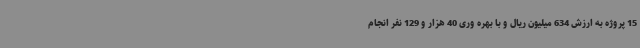
15 پروژه به ارزش 634 میلیون ریال و با بهره وری 40 هزار و 129 نفر انجام